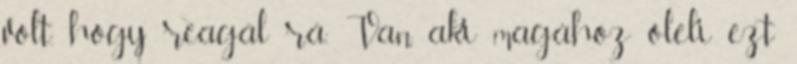
volt, hogy reagál rá. Van, aki magához öleli ezt